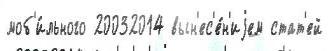
моб'и́льного 20032014 вын'ес'е́н'иjем стат'ей